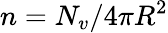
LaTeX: n=N_{v}/4\pi R^{2}